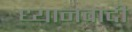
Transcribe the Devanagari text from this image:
ध्यानवादी